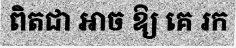
ពិតជា អាច ឱ្យ គេ រក